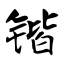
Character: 锴